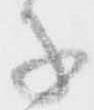
子